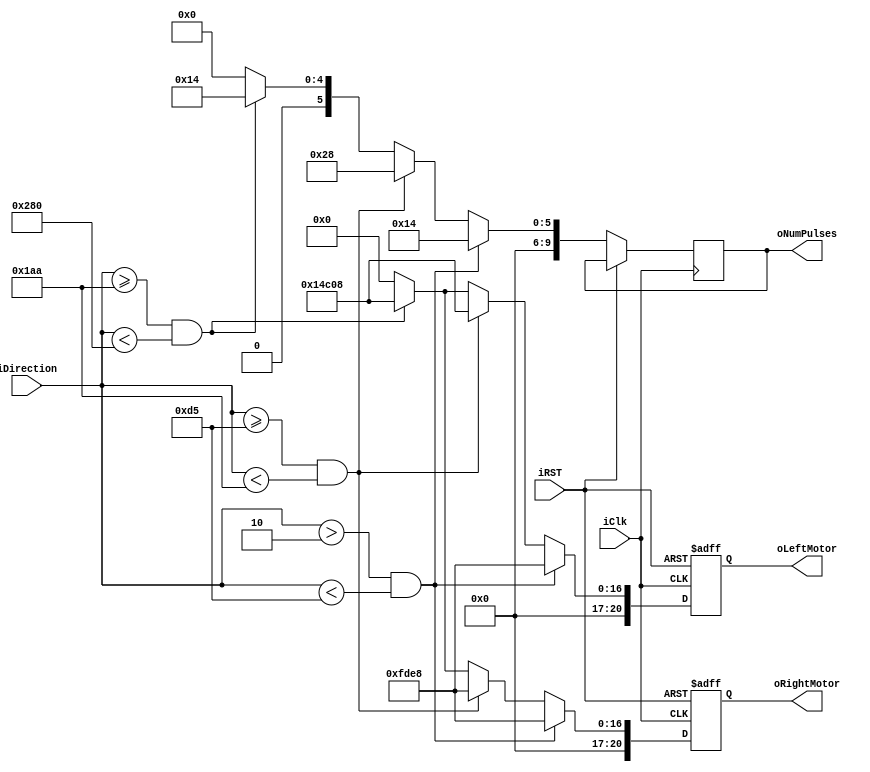
module MotorControl
(
iDirection,
oLeftMotor,
oRightMotor,
oNumPulses,
iClk,
iRST
);

input [9:0] iDirection;
output [20:0] oLeftMotor;
output [20:0] oRightMotor;
output [9:0] oNumPulses;
input iClk;
input iRST;

reg [20:0] oLeft_reg;
reg [20:0] oRight_reg;
reg [9:0] oNumPulses_reg;

assign oLeftMotor = oLeft_reg;
assign oRightMotor = oRight_reg;
assign oNumPulses = oNumPulses_reg;

always @ (posedge iClk or posedge iRST)
begin

	if (iRST)
	begin
		oLeft_reg <= 21'd0;
		oRight_reg <= 21'd0;
	end
	else
	begin
		if ((iDirection > 10'd2) && (iDirection < 10'd213))
		begin	
			oLeft_reg <= 21'd65000;
			oRight_reg<= 21'd65000;
			oNumPulses_reg <= 10'd20;
		end
		else if ((iDirection >= 10'd213) && (iDirection < 10'd426))
		begin
		   oLeft_reg <= 21'd85000;
			oRight_reg<= 21'd65000;
			oNumPulses_reg <= 10'd40;
		
		end
		else if ((iDirection >= 10'd426) && (iDirection < 10'd640))
		begin
		   oLeft_reg <= 21'd85000;
			oRight_reg<= 21'd85000;
			oNumPulses_reg <= 10'd20;
		
		end
		else
		begin
		   oLeft_reg <= 21'd0;
			oRight_reg<= 21'd0;
			oNumPulses_reg <= 10'd0;
		end
	end
end
endmodule